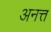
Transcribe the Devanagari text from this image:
अनत्त